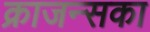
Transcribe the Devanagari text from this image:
क्राजन्सका